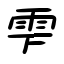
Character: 雫